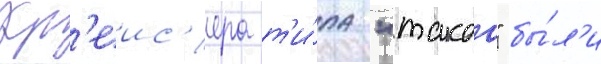
Кр'еис'ера т'и́па "такао" бы́л'и